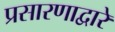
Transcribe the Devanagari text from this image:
प्रसारणाद्वारे